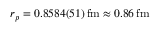
r _ { p } = 0 . 8 5 8 4 ( 5 1 ) \, \mathrm { f m } \approx 0 . 8 6 \, \mathrm { f m }